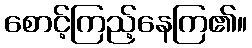
စောင့်ကြည့်နေကြ၏။